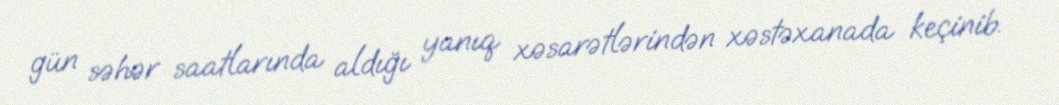
gün səhər saatlarında aldığı yanıq xəsarətlərindən xəstəxanada keçinib.